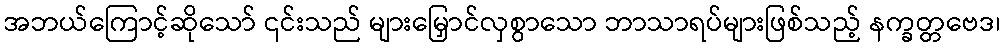
အဘယ်ကြောင့်ဆိုသော် ၎င်းသည် များမြှောင်လှစွာသော ဘာသာရပ်များဖြစ်သည့် နက္ခတ္တဗေဒ၊